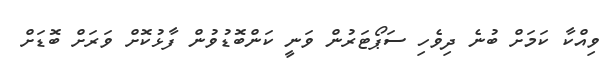
ވިއްކާ ކަމަށް ބުނެ ދިވެހި ސަޕޯޓަރުން ވަނީ ކަންބޮޑުވުން ފާޅުކޮށް ވަރަށް ބޮޑަށް